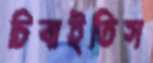
চিবাইতিস